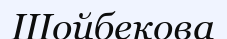
Шойбекова